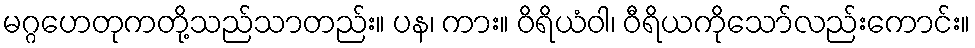
မဂ္ဂဟေတုကတို့သည်သာတည်း။ ပန၊ ကား။ ဝိရိယံဝါ၊ ဝီရိယကိုသော်လည်းကောင်း။